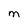
Character: M